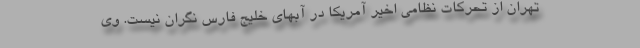
تهران از تحرکات نظامی اخیر آمریکا در آبهای خلیج فارس نگران نیست. وی